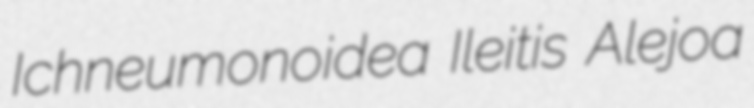
Ichneumonoidea Ileitis Alejoa